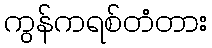
ကွန်ကရစ်တံတား